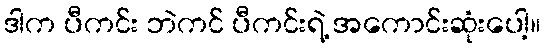
ဒါက ပီကင်း ဘဲကင် ပီကင်းရဲ့ အကောင်းဆုံးပေါ့။